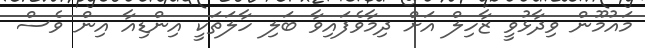
މައުމޫން ވިދާޅުވީ ޒާހިލް އަށް ދިމާވެފައިވާ ބަލި ހާލަތަކީ އިންޑިއާ އިން ވެސް